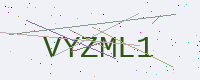
Text: VYZML1